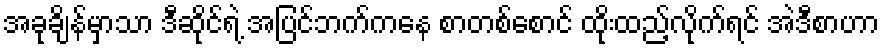
အခုချိန်မှာသာ ဒီဆိုင်ရဲ့ အပြင်ဘက်ကနေ စာတစ်စောင် ထိုးထည့်လိုက်ရင် အဲဒီစာဟာ